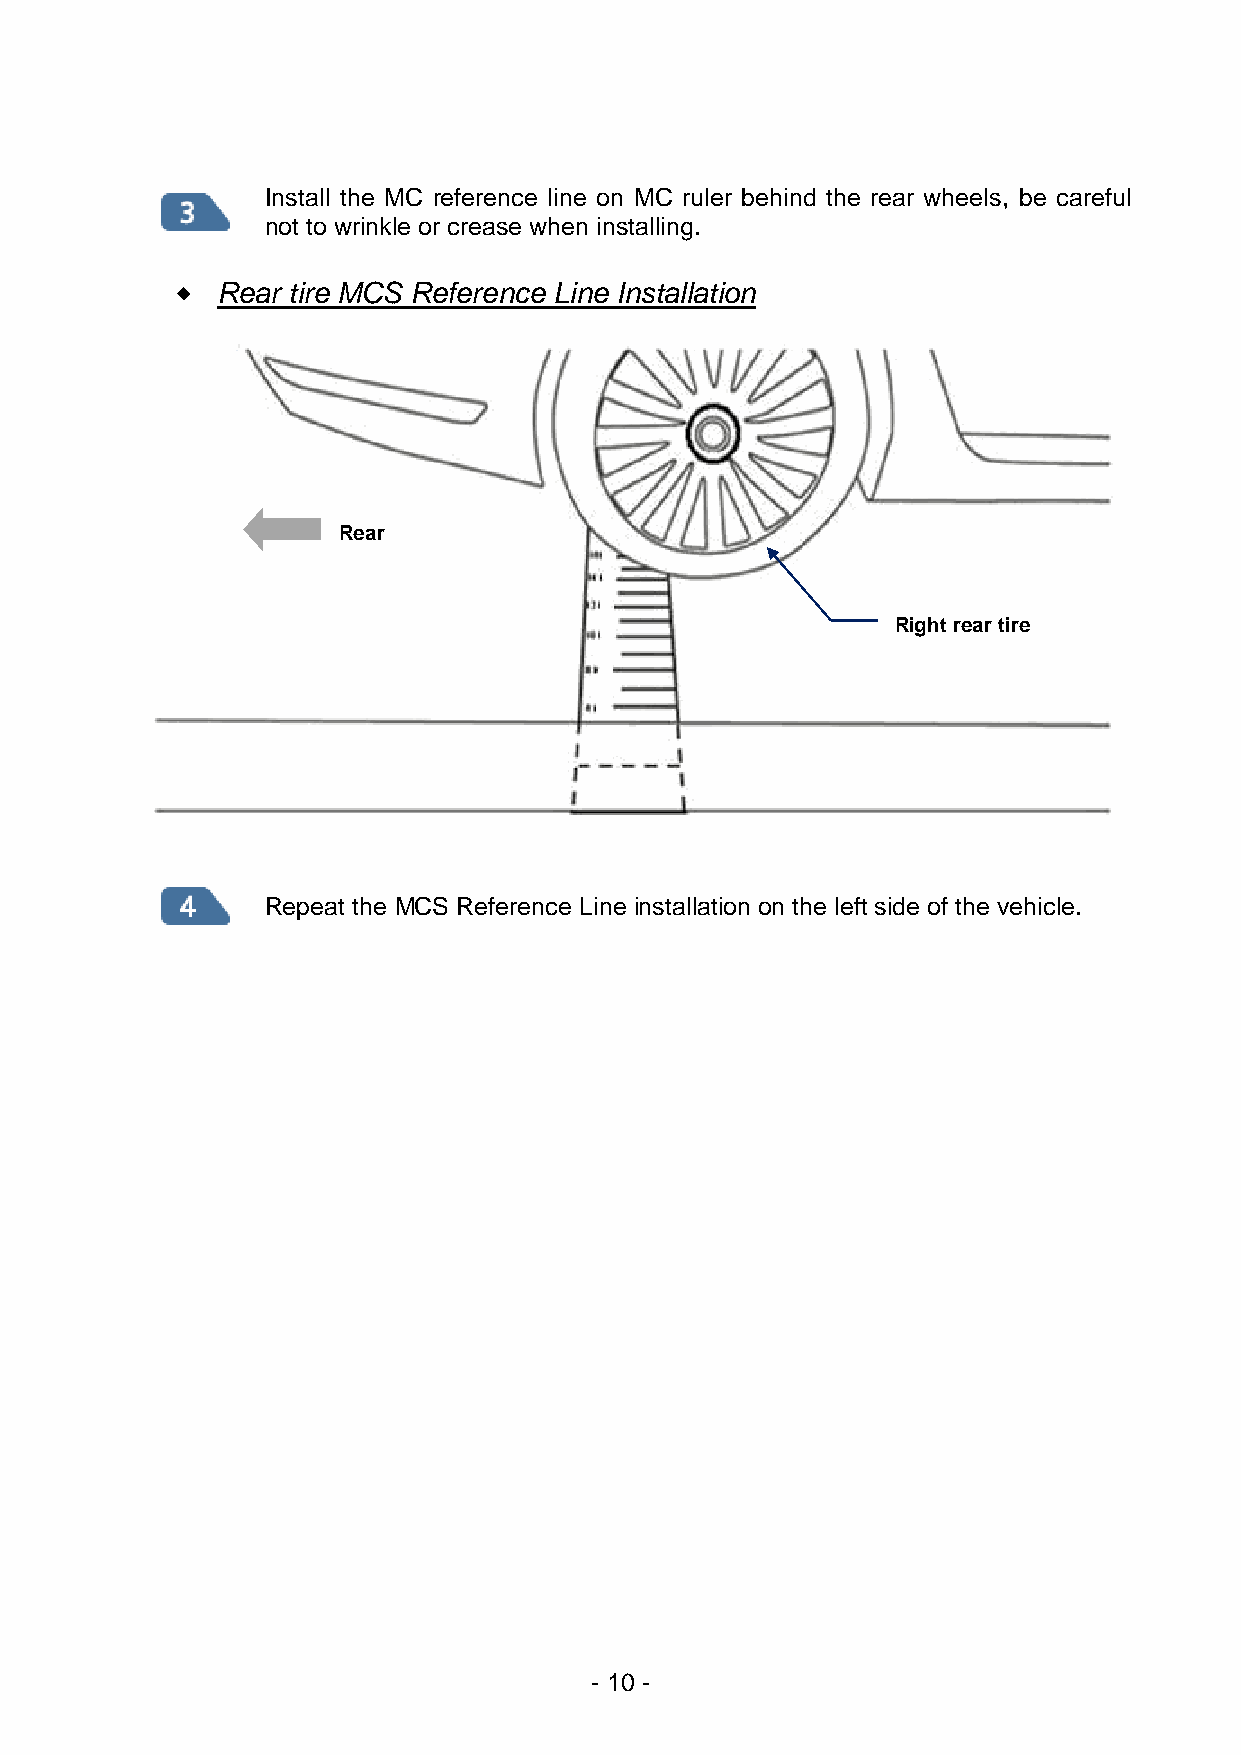
Install the MC reference line on MC ruler behind the rear wheels, be careful
 not to wrinkle or crease when installing.
  Rear tire MCS Reference Line Installation
 Rear
 Right rear tire
 Repeat the MCS Reference Line installation on the left side of the vehicle.
 - 10 -